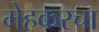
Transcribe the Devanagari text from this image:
मेहकरचा